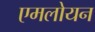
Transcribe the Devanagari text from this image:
एमलोयन